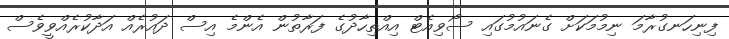
ފިނިހަނގުރާމަ ނިމުމަކަށް ގެނައުމުގައި ސޯވިއެޓް އިއްތިހާދުގެ ފަރާތުން އެންމެ އިސް ދައުރެއް އަދާކުރެއްވީވެސް